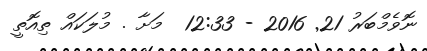
ނޮވެމްބަރު 21